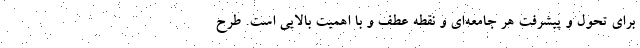
برای تحول و پیشرفت هر جامعه‌ای و نقطه عطف و با اهمیت بالایی است. طرح